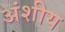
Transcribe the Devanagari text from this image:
अंशीय